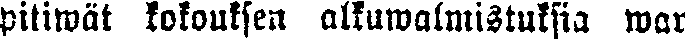
pitiwät kokouksen alkuwalmistuksia war